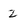
Character: z